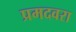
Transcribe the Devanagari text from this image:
प्रमदवरा